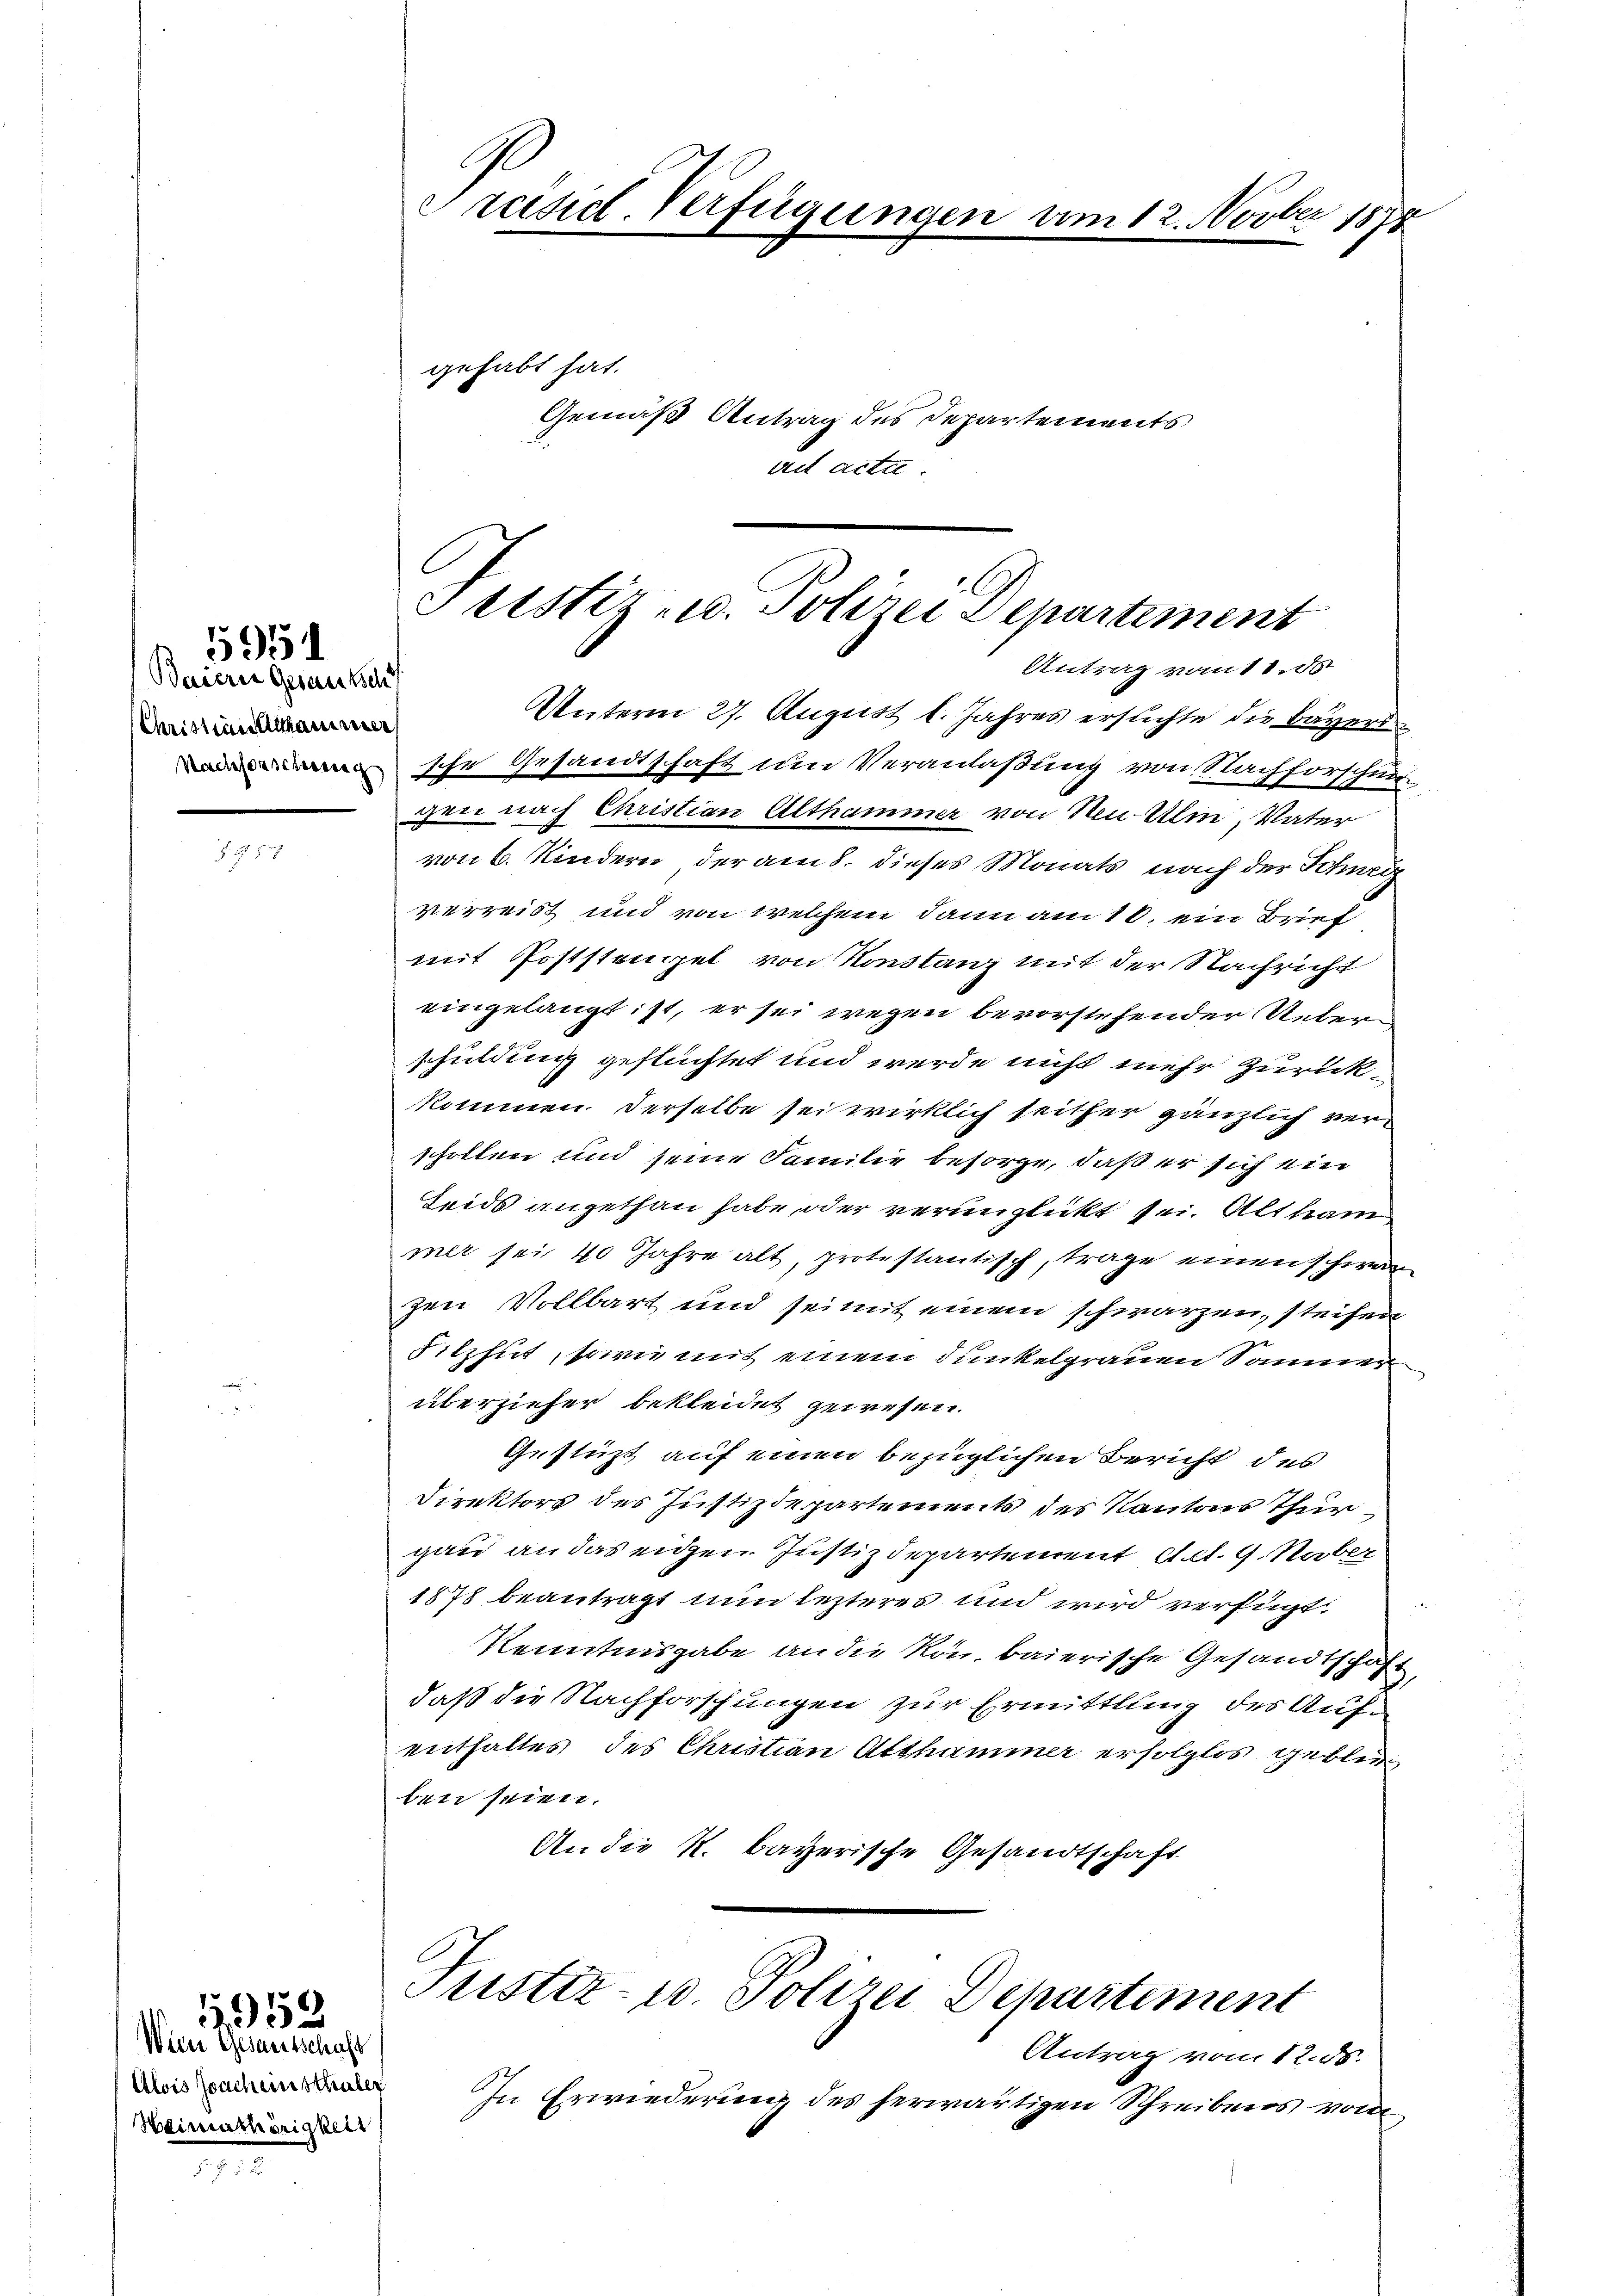
Baiern Gesamtsch
Christandelskammer

5951

Wien Gesamtschaft
Alois Joach einschuler
Heimathörigkeit

5959

Ge
Präsid. Verfügungen

gehabt hat.

am 12. Novber 1878

Justiz- u. Polizei Departement
Antrag vom 11. d

Unterm 27. August l. Jahres ersuchte die Bayerssche Gesandtschaft um Veranlaßung von Nachforschun
gen nach Christian Althammer von Steu-Ulin, Vater
von 6. Kindern der am 8. dieses Monats nach der Schweiz
verreist und von welchem dann am 10. ein Brief
mit Poststengel von Konstanz mit der Nachricht
eingelangt ist, er sei wegen bevorstehender Ueberschuldung geftüchtet und werde nicht mehr zurückkommen. Derselbe sei wirklich seither gänzlich verscholten und seine Familie besorge, daß er sich ein
Leids angethan habe, oder verunglickt sei. Alt kam
mer sei 40 Jahre alt, protestantisch, trage einen schwar
zen Vollbart und seinit einem schwarzen, steifen
Silzhut, sowie mit einem Dunkelgrauen Sammer
überzieher bekleidet gewesen.
Gestüzt auf einen bezüglichen Bericht des
Direktors des Justizdepartements des Kantons Thurgau an das eigen Justizdepartement Art. 9. Naber
1878 beantragt nun lezteres und wird verfügt:
Kenntnisgabe an die Ron, baierische Gesandtschaft,
daß die Nachforschungen zur Ermittlung des Aufenthaltes des Christian Althammer erfolglos geblie
ben seien.
An die K. bayerische Gesandtschaft

Gemäß Antrag des Departements
ad acta.

Justiz- u. Polizei Departement

Antrag vom 12. ds.
In Erwiederung des herwärtigen Schreibens vom